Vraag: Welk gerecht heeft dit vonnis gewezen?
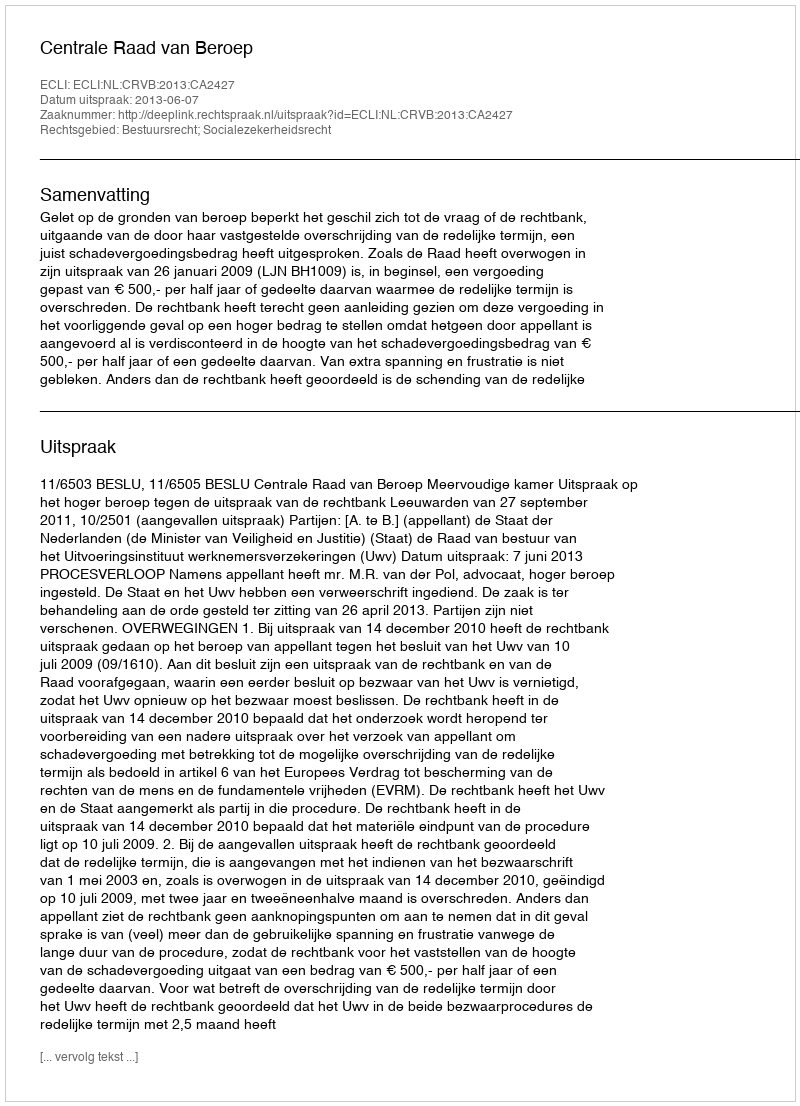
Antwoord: Centrale Raad van Beroep